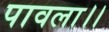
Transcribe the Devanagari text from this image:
पावला।।